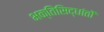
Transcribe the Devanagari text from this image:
भक्तिसिद्धांतों